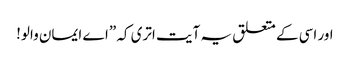
اور اسی کے متعلق یہ آیت اتری کہ ”اے ایمان والو!